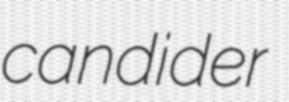
candider